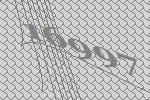
16997